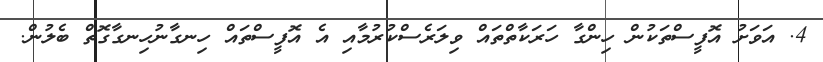
4. އަވަށު އޮފީސްތަކުން ހިންގާ ހަރަކާތްތައް ވިލަރެސްކުރުމާއި އެ އޮފީސްތައް ހިނގާނުހިނގާގޮތް ބެލުން.